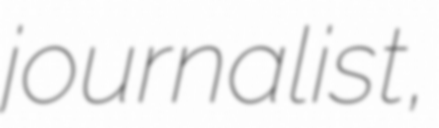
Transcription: journalist,